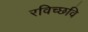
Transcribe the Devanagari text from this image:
रविच्छवि